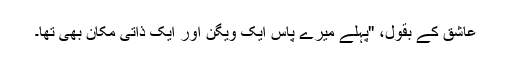
عاشق کے بقول، ''پہلے میرے پاس ایک ویگن اور ایک ذاتی مکان بھی تھا۔